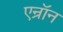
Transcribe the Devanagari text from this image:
एन्रॉन